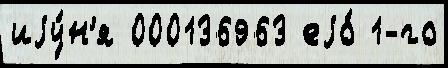
иjу́н'я 000136963 еjо́ 1-го